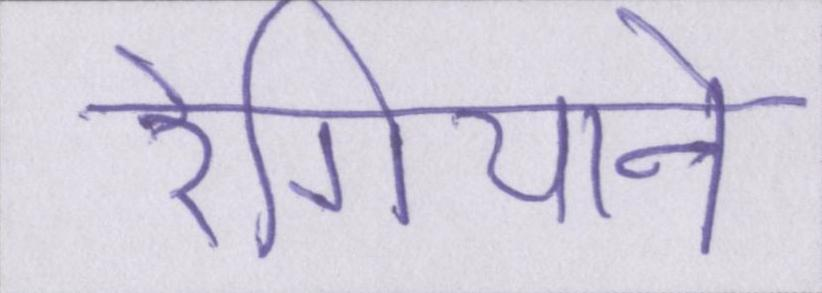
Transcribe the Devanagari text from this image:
रेगियाने